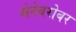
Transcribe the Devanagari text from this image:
सेनेबरोबर